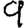
Digit: 9